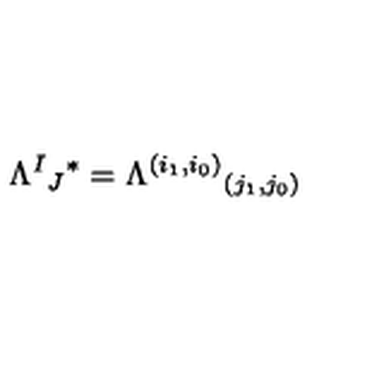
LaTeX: \Lambda ^ { I } { } _ { J } { } ^ { * } = \Lambda ^ { ( i _ { 1 } , i _ { 0 } ) } { } _ { ( j _ { 1 } , j _ { 0 } ) }